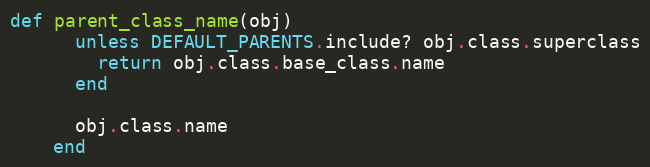
Language: Ruby
def parent_class_name(obj)
      unless DEFAULT_PARENTS.include? obj.class.superclass
        return obj.class.base_class.name
      end

      obj.class.name
    end